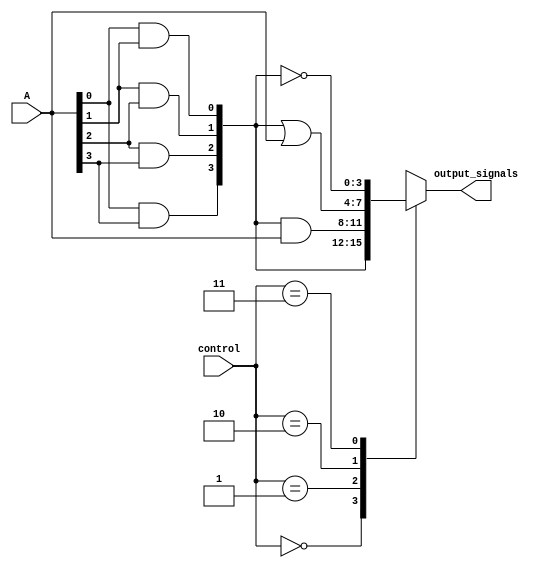
module AdjacencyGroups (
    input wire [3:0] A, // 4 input signals (e.g., A[0], A[1], A[2], A[3])
    input wire [1:0] control, // Control signals to define operation mode
    output wire [3:0] output_signals // Output signals
);

// Internal signals for adjacency detection
wire [3:0] adjacent; // Signals to hold adjacency results

// Adjacency detection logic
assign adjacent[0] = (A[0] & A[1]); // Check adjacency between A[0] and A[1]
assign adjacent[1] = (A[1] & A[2]); // Check adjacency between A[1] and A[2]
assign adjacent[2] = (A[2] & A[3]); // Check adjacency between A[2] and A[3]
assign adjacent[3] = (A[0] & A[3]); // Check wrap-around adjacency (for example)

// Output generation based on control signals
always @(*) begin
    case (control)
        2'b00: output_signals = adjacent; // Direct output of adjacency signals
        2'b01: output_signals = adjacent & A; // AND with original inputs
        2'b10: output_signals = adjacent | A; // OR with original inputs
        2'b11: output_signals = ~adjacent; // NOT of adjacency signals
        default: output_signals = 4'b0000; // Default case
    endcase
end

endmodule